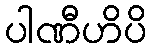
ပါဏီဟိပိ